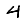
Digit: 4